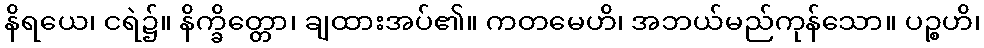
နိရယေ၊ ငရဲ၌။ နိက္ခိတ္တော၊ ချထားအပ်၏။ ကတမေဟိ၊ အဘယ်မည်ကုန်သော။ ပဉ္စဟိ၊